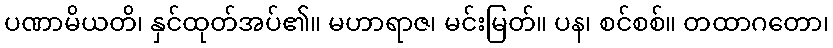
ပဏာမိယတိ၊ နှင်ထုတ်အပ်၏။ မဟာရာဇ၊ မင်းမြတ်။ ပန၊ စင်စစ်။ တထာဂတော၊